Indian journal of veterinary science and animal husbandry - Volume 8,
Year: 1938
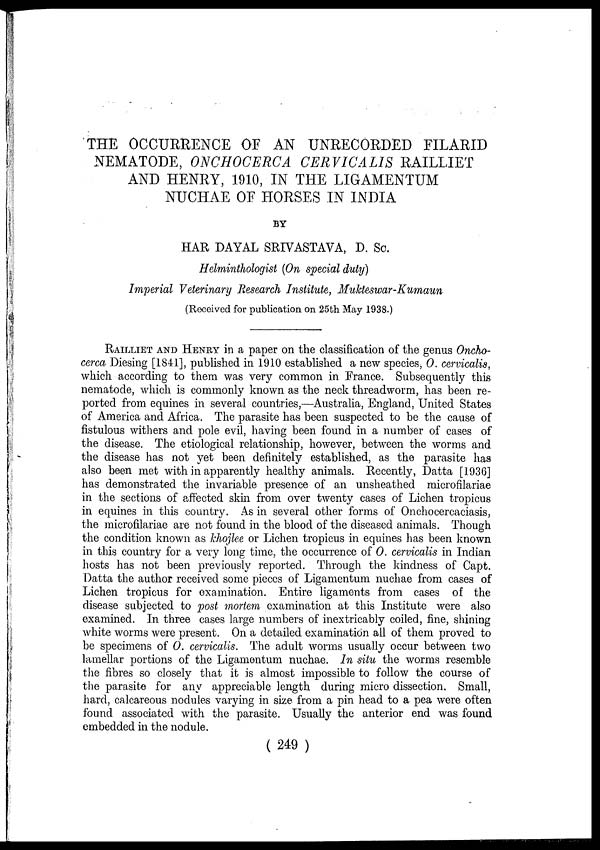
THE OCCURRENCE OF AN UNRECORDED FILARID
NEMATODE, ONCHOCERCA CERVICALIS RAILLIET
AND HENRY, 1910, IN THE LIGAMENTUM
NUCHAE OF HORSES IN INDIA
BY
HAR DAYAL SRIVASTAVA, D. Sc.
Helminthologist (On special duty)
Imperial Veterinary Research Institute, Mukteswar-Kumaun
(Received for publication on 25th May 1938.)
RAILLIET AND HENRY in a paper on the classification of the genus Oncho-
cerca Diesing [1841], published in 1910 established a new species, O. cervicalis,
which according to them was very common in France. Subsequently this
nematode, which is commonly known as the neck threadworm, has been re-
ported from equines in several countries,—Australia, England, United States
of America and Africa. The parasite has been suspected to be the cause of
fistulous withers and pole evil, having been found in a number of cases of
the disease. The etiological relationship, however, between the worms and
the disease has not yet been definitely established, as the parasite has
also been met with in apparently healthy animals. Recently, Datta [1936]
has demonstrated the invariable presence of an unsheathed microfilariae
in the sections of affected skin from over twenty cases of Lichen tropicus
in equines in this country. As in several other forms of Onchocercaciasis,
the microfilariae are not found in the blood of the diseased animals. Though
the condition known as khojlee or Lichen tropicus in equines has been known
in this country for a very long time, the occurrence of O. cervicalis in Indian
hosts has not been previously reported. Through the kindness of Capt.
Datta the author received some pieces of Ligamentum nuchae from cases of
Lichen tropicus for examination. Entire ligaments from cases of the
disease subjected to post mortem examination at this Institute were also
examined. In three cases large numbers of inextricably coiled, fine, shining
white worms were present. On a detailed examination all of them proved to
be specimens of O. cervicalis. The adult worms usually occur between two
lamellar portions of the Ligamentum nuchae. In situ the worms resemble
the fibres so closely that it is almost impossible to follow the course of
the parasite for any appreciable length during micro dissection. Small,
hard, calcareous nodules varying in size from a pin head to a pea were often
found associated with the parasite. Usually the anterior end was found
embedded in the nodule.
( 249 )